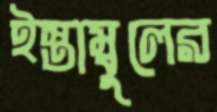
ইস্তাম্বুলের